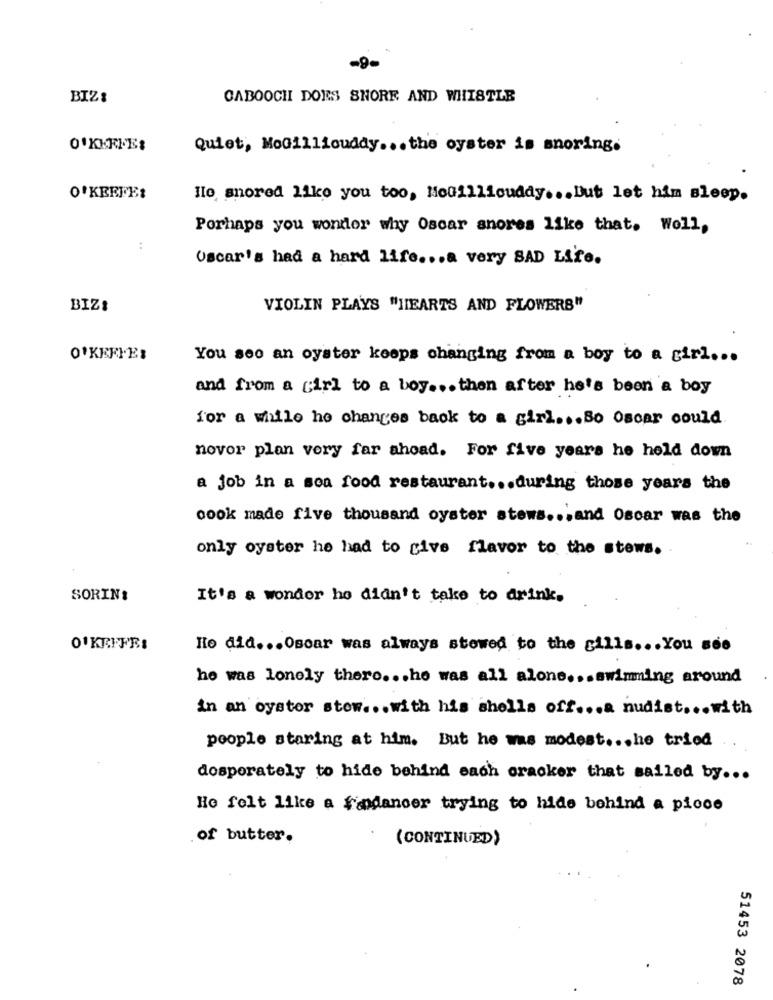
-9.
BIZ:
CABOOCH DOES SHORE AND WHISTLE
Quiet, MoGilliouddy ... the oyster is snoring.
O'KEEFE:
Ilo snored like you too, Mcgillicuddy ... Dut let him sleep.
Porhaps you wonder why Oscar snores like that. Woll,
Oscar's had a hard life ... a very SAD Life.
BIZI
VIOLIN PLAYS "HEARTS AND FLOWERS"
O'KEEFE:
You seo an oyster keops changing from a boy to a girl ...
and from a girl to a boy ... then after he's been a boy
for a while he changes back to a girl ... So Oscar could
novor plan very far ahead. For five years he held down
a job in a sea food restaurant ... during those years the
oook made five thousand oyster stews ... and Oscar was the
only oyster he had to give flavor to the stews.
SORINI
It's a wonder ho didn't take to drink,
O'KEEFEI
Ho did ... Oscar was always stewed to the gills ... You see
he was lonely there ... he was all alone ... swimming around
in an oyster stow ... with his shells off ... a nudist ... with
people staring at him. But he was modest ... he tried
dosporately to hide behind each cracker that sailed by ...
He felt like a fandancer trying to hide behind a piece
of butter.
(CONTINUED)
51453 2078